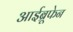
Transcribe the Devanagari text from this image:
आईब्रूफेन